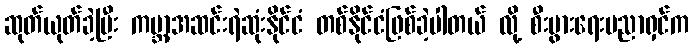
ဆုတ်ယုတ်ခဲ့ပြီး ကမ္ဘာ့အဆင်းရဲဆုံးနိုင်ငံ တစ်နိုင်ငံဖြစ်ခဲ့ပါတယ် လို့ စီးပွားရေးပညာရှင်က